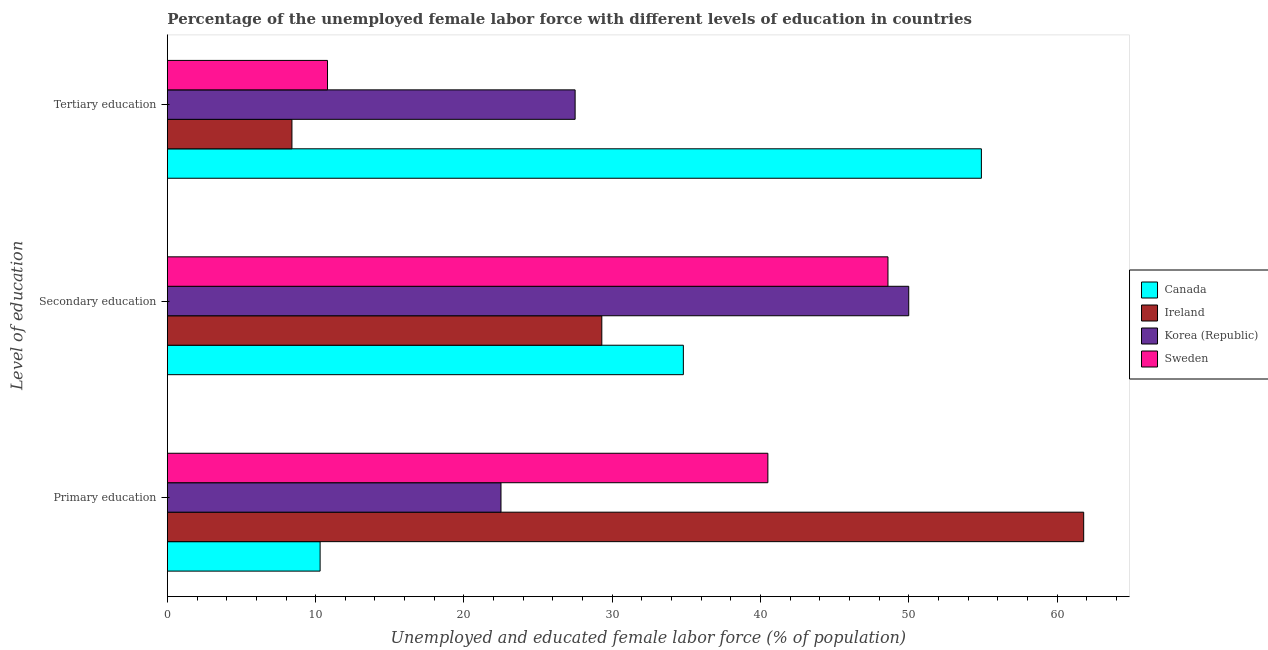
| Level of education | Canada | Ireland | Korea (Republic) | Sweden |
 | --- | --- | --- | --- | --- |
 | Primary education | 10.3 | 61.8 | 22.5 | 40.5 |
 | Secondary education | 34.8 | 29.3 | 50 | 48.6 |
 | Tertiary education | 54.9 | 8.4 | 27.5 | 10.8 |